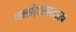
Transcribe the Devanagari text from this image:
प्फ्लांट्सेनराइख़